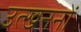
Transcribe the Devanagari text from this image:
उत्‍खननों